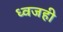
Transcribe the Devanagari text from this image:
ध्वजही